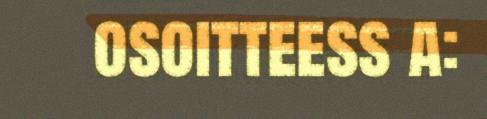
osoitteess a: